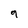
Character: 9